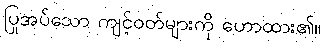
ပြုအပ်သော ကျင့်ဝတ်များကို ဟောထား၏။